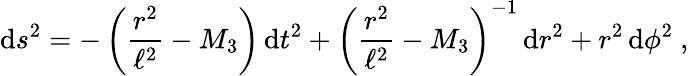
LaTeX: \mathrm{d}s^{2}=-\left({\frac{{r^{2}}}{{\ell^{2}}}}-M_{3}\right)\, \mathrm{d}t^{2}+\left({\frac{{r^{2}}}{{\ell^{2}}}}-M_{3}\right)^{-1}\, \mathrm{d}r^{2}+r^{2}\, \mathrm{d}\phi^{2}\ ,